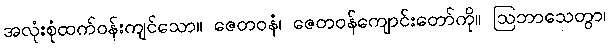
အလုံးစုံထက်ဝန်းကျင်သော။ ဇေတဝနံ၊ ဇေတဝန်ကျောင်းတော်ကို။ ဩဘာသေတွာ၊